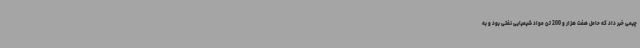
چیمی خبر داد که حامل هفت هزار و 200 تن مواد شیمیایی نفتی بود و به